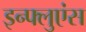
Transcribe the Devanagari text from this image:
इन्फ्लुएंस